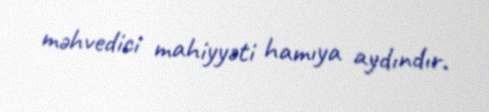
məhvedici mahiyyəti hamıya aydındır.